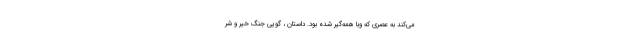
می‌کند به عصری که وبا همه‌گیر شده بود. داستان ، گویی جنگ خیر و شر